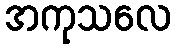
အကုသလေ